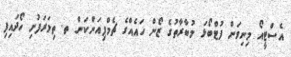
އެސްޓީއޯ މިނިވަން ފުޓްބޯޅަ މުބާރާތުގެ ޒޯން ހައެއްގެ ޗެމްޕިއަންކަން ތ. ތިމަރަފުށި ހޯދައިފި